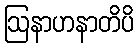
ဩနာဟနာတိပိ